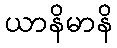
ယာနိမာနိ